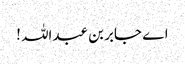
اے جابر بن عبداللہ !